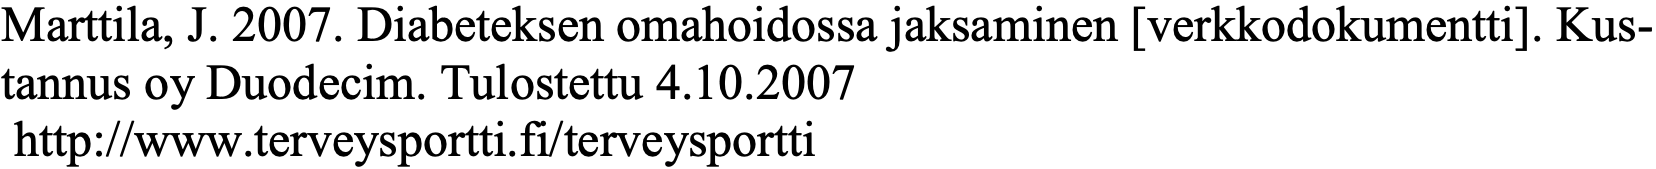
Marttila, J. 2007. Diabeteksen omahoidossa jaksaminen [verkkodokumentti]. Kus- tannus oy Duodecim. Tulostettu 4.10.2007 http://www.terveysportti.fi/terveysportti